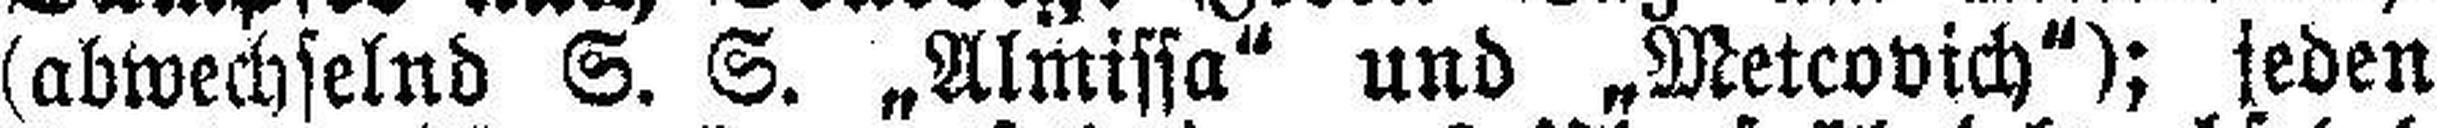
(abwechselnd S. S. „Almissa" und „Metcovich"); jeden